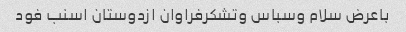
باعرض سلام وسباس وتشکرفراوان ازدوستان اسنب فود